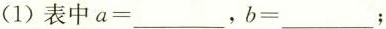
(1)表中a=___，b=___；